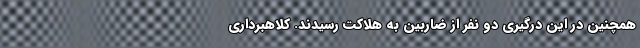
همچنین در این درگیری دو نفر از ضاربین به هلاکت رسیدند. کلاهبرداری